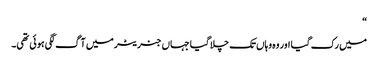
“
میں رک گیا اور وہ وہاں تک چلا گیا جہاں جنریٹر میں آگ لگی ہوئی تھی۔